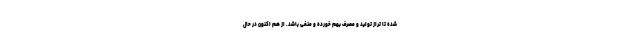
شده تا تراز تولید و مصرف بهم خورده و منفی باشد. از هم اکنون در حال